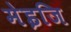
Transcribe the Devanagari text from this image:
मेइजि